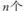
n个